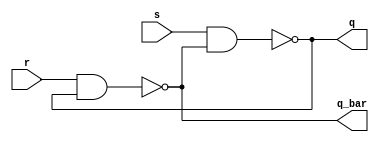
`timescale 1ns / 1ps
//////////////////////////////////////////////////////////////////////////////////
// Company: 
// Engineer: 
// 
// Design Name: 
// Module Name: sr_latch_nand
// Project Name: 
// Target Devices: 
// Tool Versions: 
// Description: 
// 
// Dependencies: 
// 
// Revision:
// Revision 0.01 - File Created
// Additional Comments:
// 
//////////////////////////////////////////////////////////////////////////////////


module sr_latch_nand(s,r,q,q_bar);
input s,r;
output q,q_bar;
nand a1(q,s,q_bar);
nand a2(q_bar,r,q);
endmodule